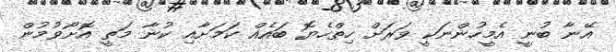
އޭނާ ބުނީ އެމީހުންނަކީ ވަރަށް ހިތްހެޔޮ ބައެއް ކަމަށާއި ކުނާ މަތީ އޮށޯވުމުން